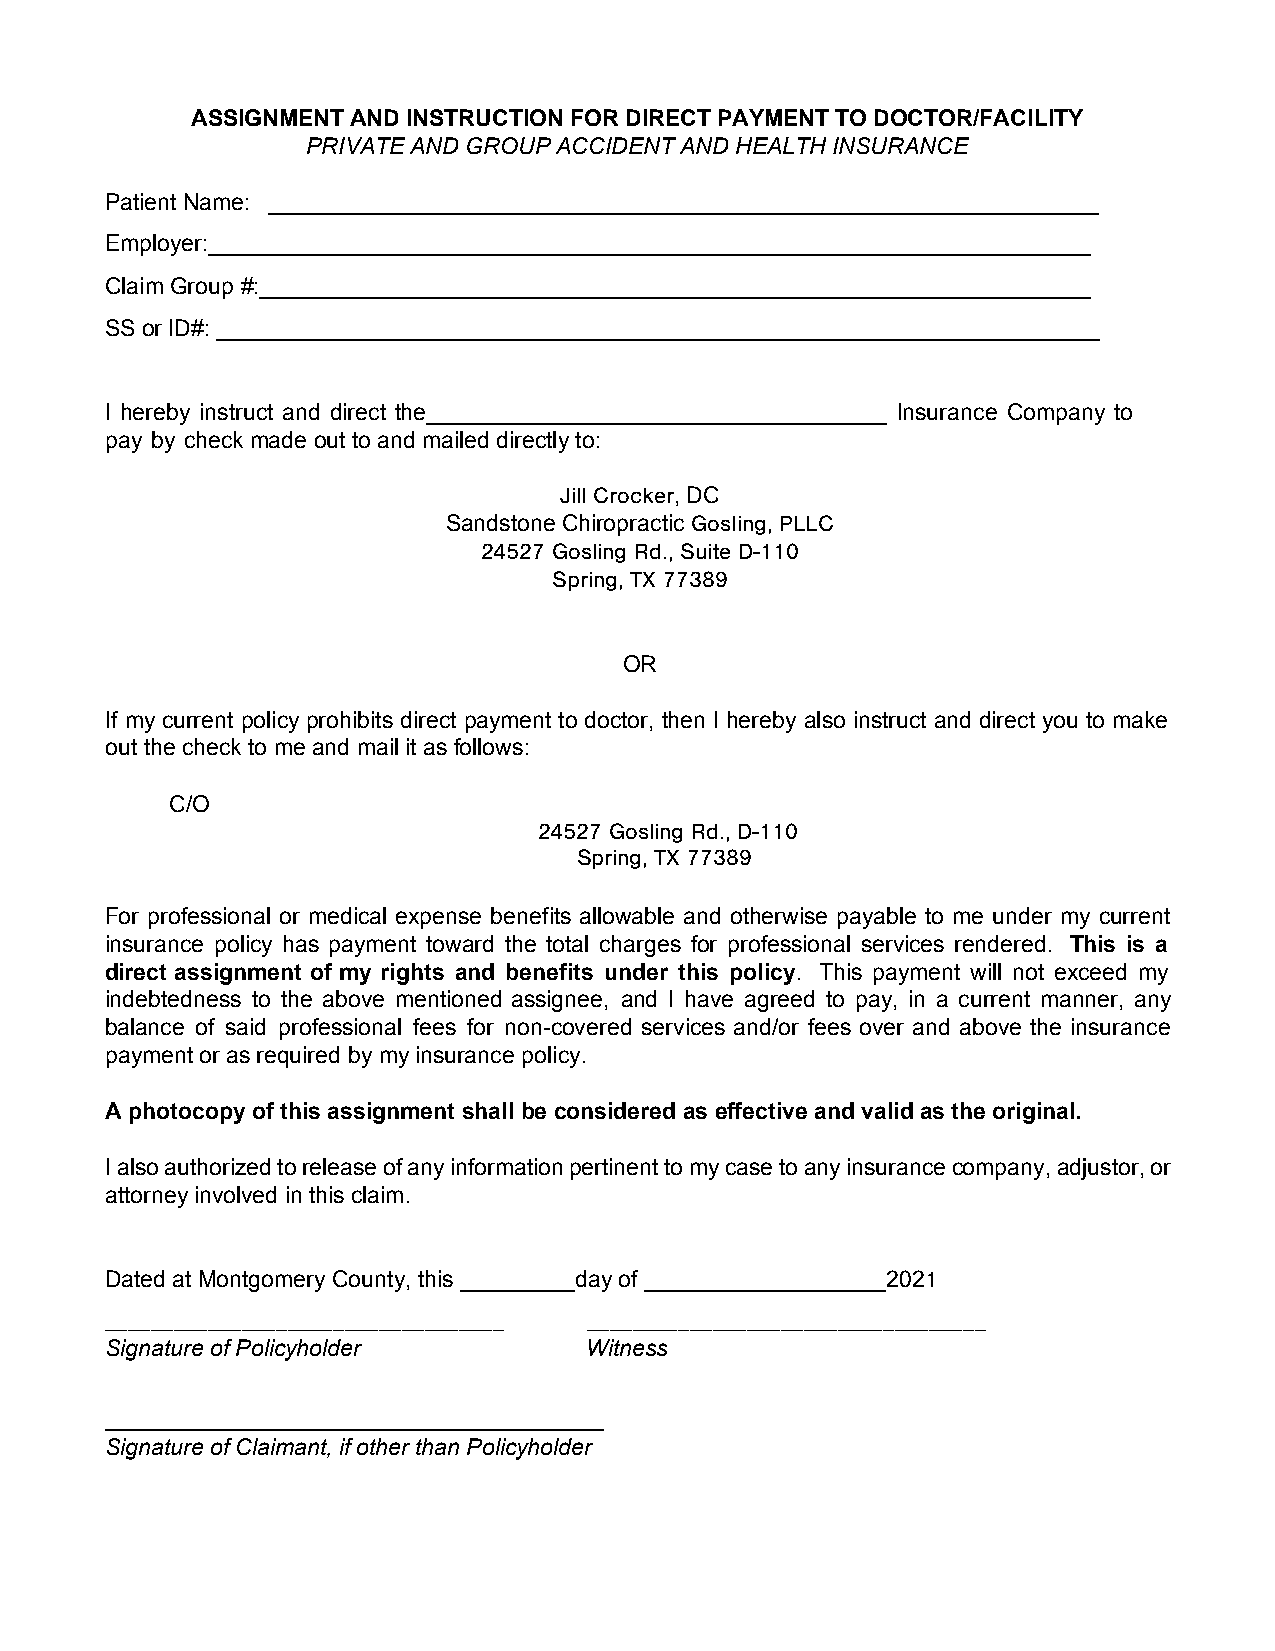
ASSIGNMENT AND INSTRUCTION FOR DIRECT PAYMENT TO DOCTOR/FACILITY
 PRIVATE AND GROUP ACCIDENT AND HEALTH INSURANCE
 Patient Name: _________________________________________________________________
 Employer:_____________________________________________________________________
 Claim Group #:_________________________________________________________________
 SS or ID#: _____________________________________________________________________
 I hereby instruct and direct the____________________________________ Insurance Company to
 pay by check made out to and mailed directly to:
 Jill Crocker, DC
 Sandstone Chiropractic Gosling, PLLC
 24527   Gosling Rd., Suite D-110
 Spring, TX 77389
 OR
 If my current policy prohibits direct payment to doctor, then I hereby also instruct and direct you to make
 out the check to me and mail it as follows:
 C/O
 24527   Gosling Rd., D-110
 Spring, TX 77389
 For professional or medical expense benefits allowable and otherwise payable to me under my current
 insurance policy has payment toward the total charges for professional services rendered. This is a
 direct assignment of my rights and benefits under this policy. This payment will not exceed my
 indebtedness to the above mentioned assignee, and I have agreed to pay, in a current manner, any
 balance of said professional fees for non-covered services and/or fees over and above the insurance
 payment or as required by my insurance policy.
 A photocopy of this assignment shall be considered as effective and valid as the original.
 I also authorized to release of any information pertinent to my case to any insurance company, adjustor, or
 attorney involved in this claim.
 Dated at Montgomery County, this _________day of ___________________2021
 ___________________________________ ___________________________________
 Signature of Policyholder       Witness
 _______________________________________
 Signature of Claimant, if other than Policyholder